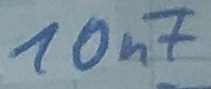
Text: 10nF